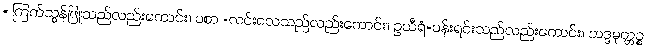
= ကြက်သွန်ဖြူသည်လည်းကောင်း။ ဝစာ =လင်းလေသည်လည်းကောင်း။ ဥသီရံ=ပန်းရင်းသည်လည်းကောင်း။ ဘဒ္ဒမုတ္တဉ္စ